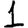
Digit: 1